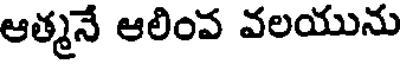
ఆత్మనే ఆలింవ వలయును